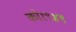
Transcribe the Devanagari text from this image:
को१९४९